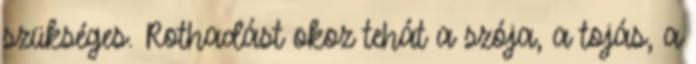
szükséges. Rothadást okoz tehát a szója, a tojás, a